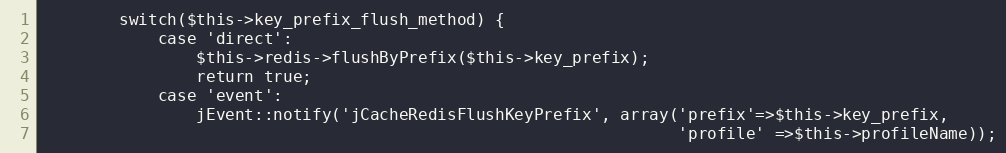
Language: PHP
        switch($this->key_prefix_flush_method) {
            case 'direct':
                $this->redis->flushByPrefix($this->key_prefix);
                return true;
            case 'event':
                jEvent::notify('jCacheRedisFlushKeyPrefix', array('prefix'=>$this->key_prefix,
                                                                  'profile' =>$this->profileName));